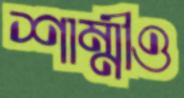
শাম্মীও